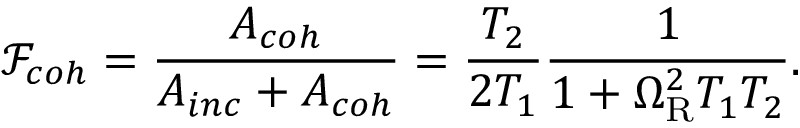
\mathcal { F } _ { c o h } = \frac { A _ { c o h } } { A _ { i n c } + A _ { c o h } } = \frac { T _ { 2 } } { 2 T _ { 1 } } \frac { 1 } { 1 + \Omega _ { \mathrm { R } } ^ { 2 } T _ { 1 } T _ { 2 } } .